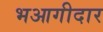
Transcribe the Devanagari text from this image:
भआगीदार